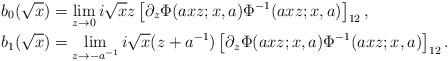
LaTeX: \begin{align*}& b_{0}(\sqrt{x}) = \lim_{z \to 0} i \sqrt{x} z \left[ \partial_{z}\Phi(axz;x,a)\Phi^{-1}(axz;x,a) \right]_{12}, \\& b_{1}(\sqrt{x}) = \lim_{z \to -a^{-1}} i \sqrt{x} (z+a^{-1}) \left[ \partial_{z}\Phi(axz;x,a)\Phi^{-1}(axz;x,a) \right]_{12}. \end{align*}